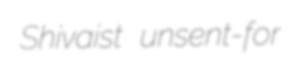
Shivaist unsent-for